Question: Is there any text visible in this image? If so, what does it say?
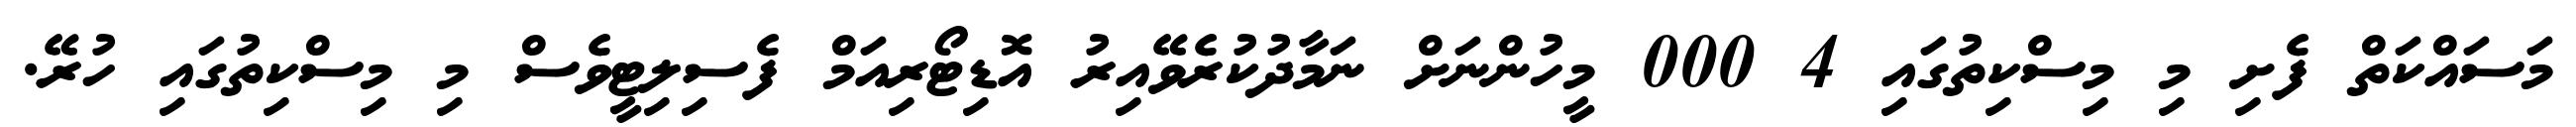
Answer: މަސައްކަތް ފެށި މި މިސްކިތުގައި 4 000 މީހުންނަށް ނަމާދުކުރެވޭއިރު އޮޑިޓޯރިއަމް ފެސިލިޓީވެސް މި މިސްކިތުގައި ހުރޭ.